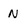
Character: N